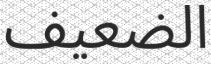
الضعيف